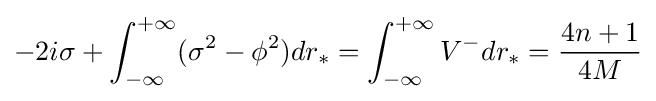
-2i\sigma +\int _{-\infty }^{+\infty }(\sigma ^{2}-\phi ^{2})dr_{*}=\int _{-\infty }^{+\infty }V^{-}dr_{*}={\frac {4n+1}{4M}}